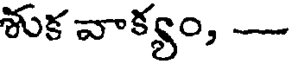
శుక వాక్యం, -